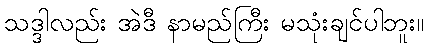
သဒ္ဒါလည်း အဲဒီ နာမည်ကြီး မသုံးချင်ပါဘူး။